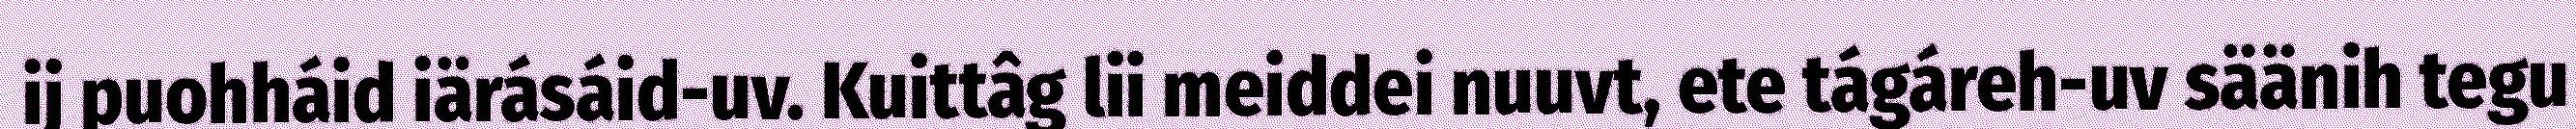
ij puohháid iärásáid-uv. Kuittâg lii meiddei nuuvt, ete tágáreh-uv säänih tegu